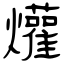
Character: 爟